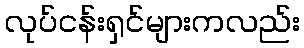
လုပ်ငန်းရှင်များကလည်း